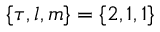
\{ \tau , l , m \} = \{ 2 , 1 , 1 \}